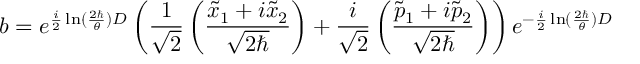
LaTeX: b = e ^ { \frac { i } { 2 } \ln ( \frac { 2 \hbar } { \theta } ) D } \left( \frac { 1 } { \sqrt { 2 } } \left( \frac { \tilde { x } _ { 1 } + i \tilde { x } _ { 2 } } { \sqrt { 2 \hbar } } \right) + \frac { i } { \sqrt { 2 } } \left( \frac { \tilde { p } _ { 1 } + i \tilde { p } _ { 2 } } { \sqrt { 2 \hbar } } \right) \right) e ^ { - \frac { i } { 2 } \ln ( \frac { 2 \hbar } { \theta } ) D }